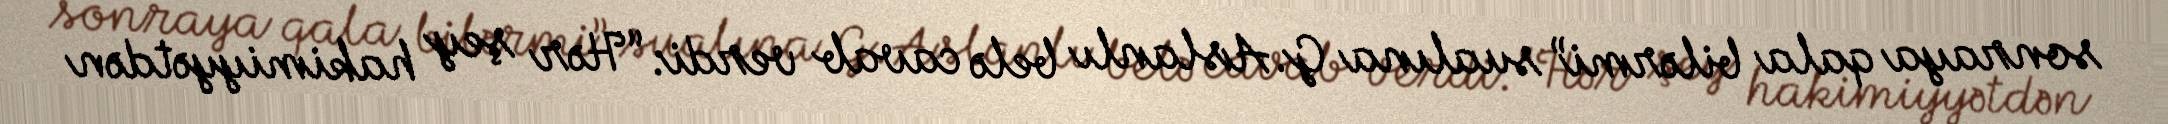
sonraya qala bilərmi” sualına G.Aslanlı belə cavab verdi: “Hər şey hakimiyyətdən